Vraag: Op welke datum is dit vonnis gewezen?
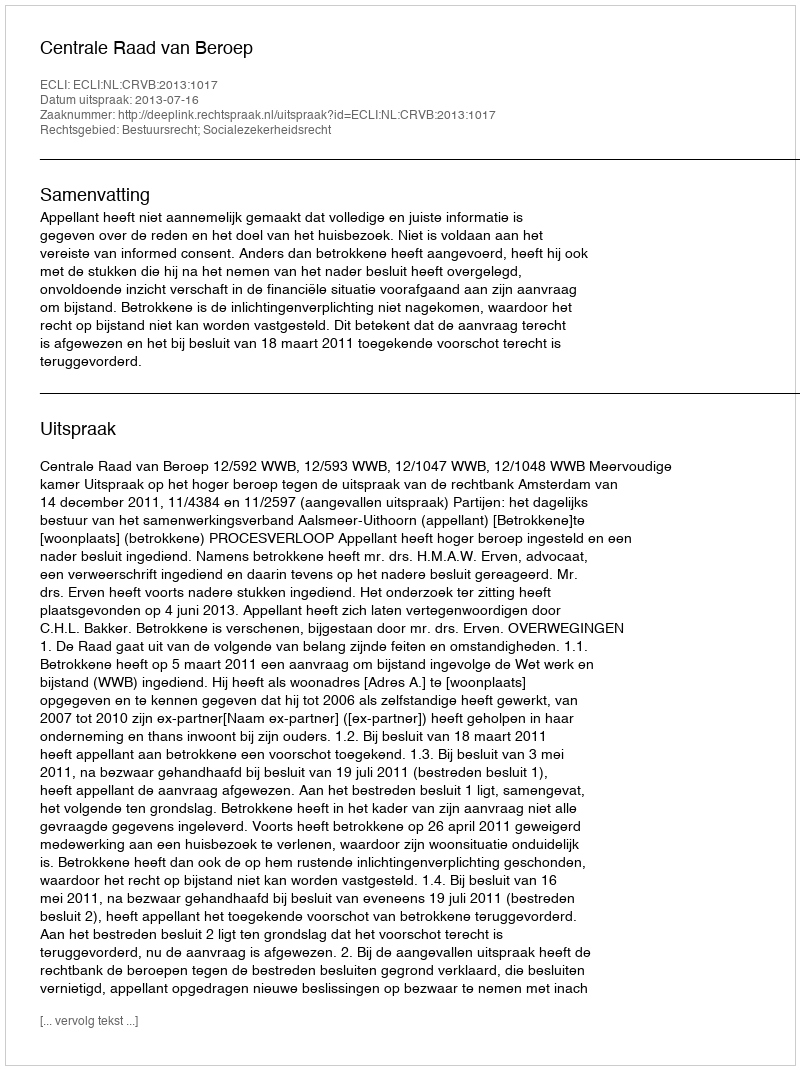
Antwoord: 2013-07-16